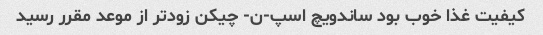
کیفیت غذا خوب بود ساندویچ اسپ-ن- چیکن زودتر از موعد مقرر رسید